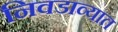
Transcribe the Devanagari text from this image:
निवडाव्यात